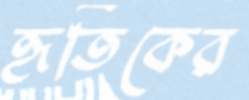
হৃতিকের